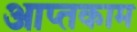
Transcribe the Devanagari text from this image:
आप्तकाम